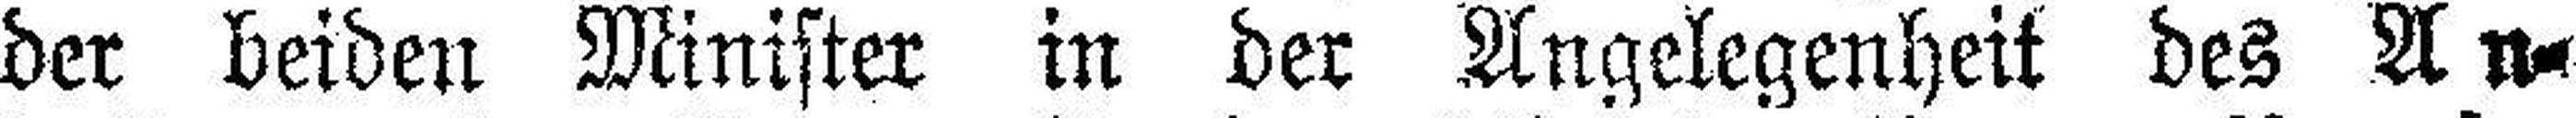
der beiden Minister in der Angelegenheit des An¬